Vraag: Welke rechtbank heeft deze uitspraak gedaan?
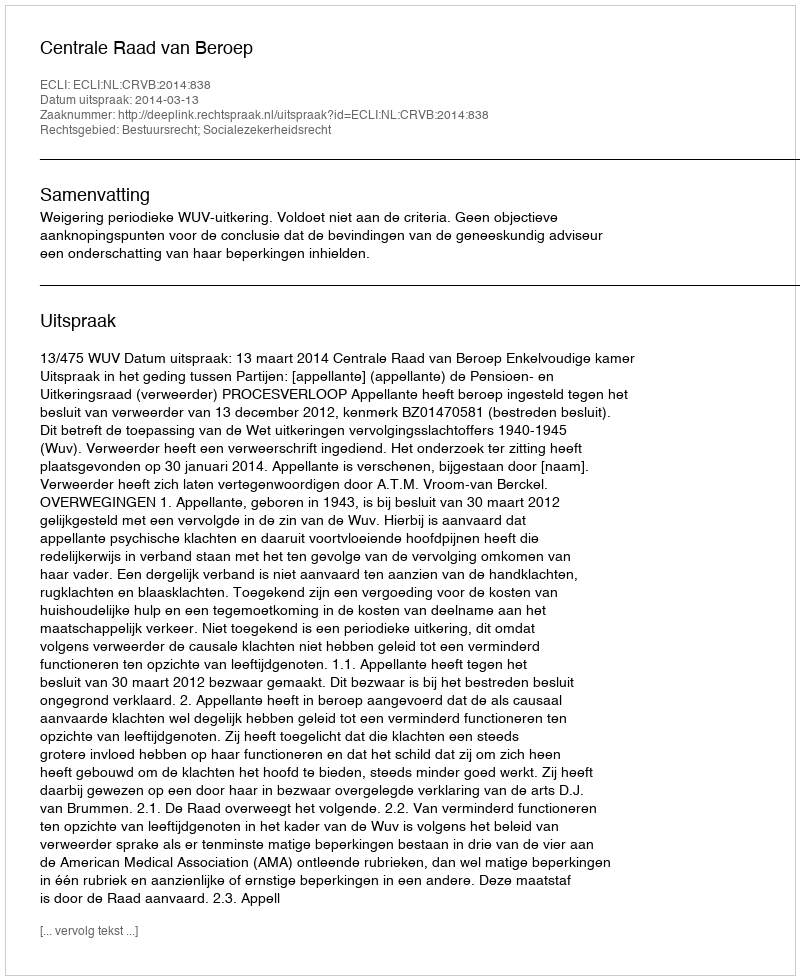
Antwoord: Centrale Raad van Beroep